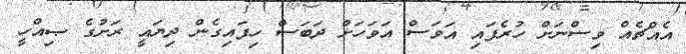
އެއްޗެއް ވިސްނަށް ހުރެފައި އަވަސް އަވަހަށް ދަބަސް ހިފައިގެން ދިޔައީ ރަށުގެ ޞިއްހީ